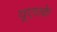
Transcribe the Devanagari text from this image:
यूएसके